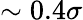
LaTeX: \sim 0.4\sigma